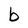
Character: b